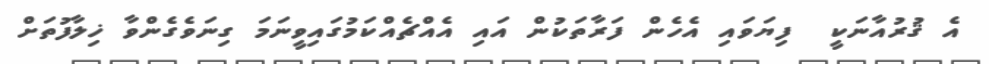
އެ ޤުރުއާނަކީ  ފިޔަވައި އެހެން ފަރާތަކުން އައި އެއްޗެއްކަމުގައިވީނަމަ ގިނަވެގެންވާ ޚިލާފުތަށް